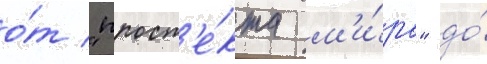
о́т "просп'е́кта м'и́ра" до́